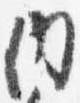
内